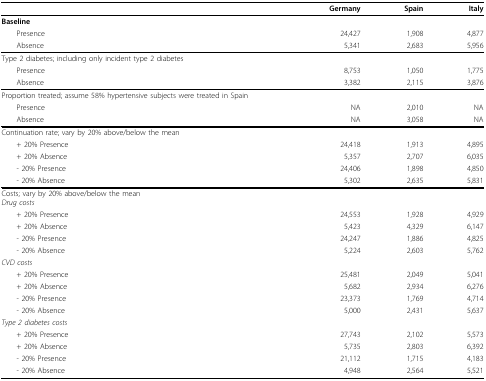
|  | Germany | Spain | Italy |
 | --- | --- | --- | --- |
 | Baseline |  |  |  |
 | Presence | 24,427 | 1,908 | 4,877 |
 | Absence | 5,341 | 2,683 | 5,956 |
 | Type 2 diabetes; including only incident type 2 diabetes |  |  |  |
 | Presence | 8,753 | 1,050 | 1,775 |
 | Absence | 3,382 | 2,115 | 3,876 |
 | Proportion treated; assume 58% hypertensive subjects were treated in Spain |  |  |  |
 | Presence | NA | 2,010 | NA |
 | Absence | NA | 3,058 | NA |
 | Continuation rate; vary by 20% above/below the mean |  |  |  |
 | + 20% Presence | 24,418 | 1,913 | 4,895 |
 | + 20% Absence | 5,357 | 2,707 | 6,035 |
 | - 20% Presence | 24,406 | 1,898 | 4,850 |
 | - 20% Absence | 5,302 | 2,635 | 5,831 |
 | Costs; vary by 20% above/below the meanDrug costs |  |  |  |
 | + 20% Presence | 24,553 | 1,928 | 4,929 |
 | + 20% Absence | 5,423 | 4,329 | 6,147 |
 | - 20% Presence | 24,247 | 1,886 | 4,825 |
 | - 20% Absence | 5,224 | 2,603 | 5,762 |
 | CVD costs |  |  |  |
 | + 20% Presence | 25,481 | 2,049 | 5,041 |
 | + 20% Absence | 5,682 | 2,934 | 6,276 |
 | - 20% Presence | 23,373 | 1,769 | 4,714 |
 | - 20% Absence | 5,000 | 2,431 | 5,637 |
 | Type 2 diabetes costs |  |  |  |
 | + 20% Presence | 27,743 | 2,102 | 5,573 |
 | + 20% Absence | 5,735 | 2,803 | 6,392 |
 | - 20% Presence | 21,112 | 1,715 | 4,183 |
 | - 20% Absence | 4,948 | 2,564 | 5,521 |